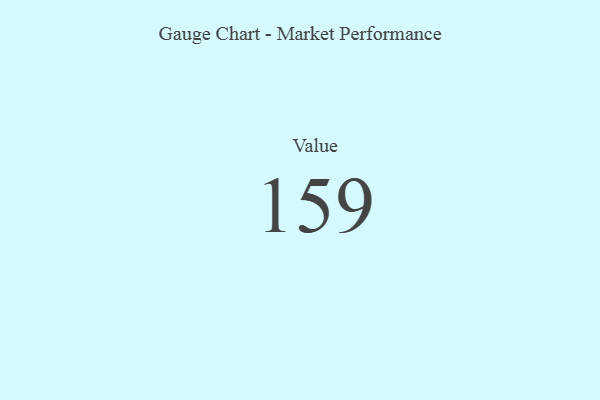
{"axis": {"x": "Metric", "y": "Value"}, "legend": [""], "data": [{"x": "Value", "y": 159, "type": ""}]}